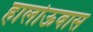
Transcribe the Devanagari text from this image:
हालोऊवास